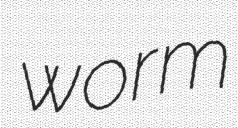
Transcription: worm